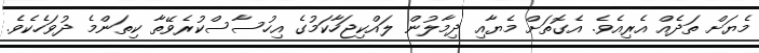
މެޔަށް ތަދެއް އެރިއެވެ. އެގޮތަށް މެޔާއި ދިމާލުން ލައްކިޖަހާކަމުގެ އިހުސާސްކުރެވޭތާ ކިތަންމެ ދުވަހެކެވެ.